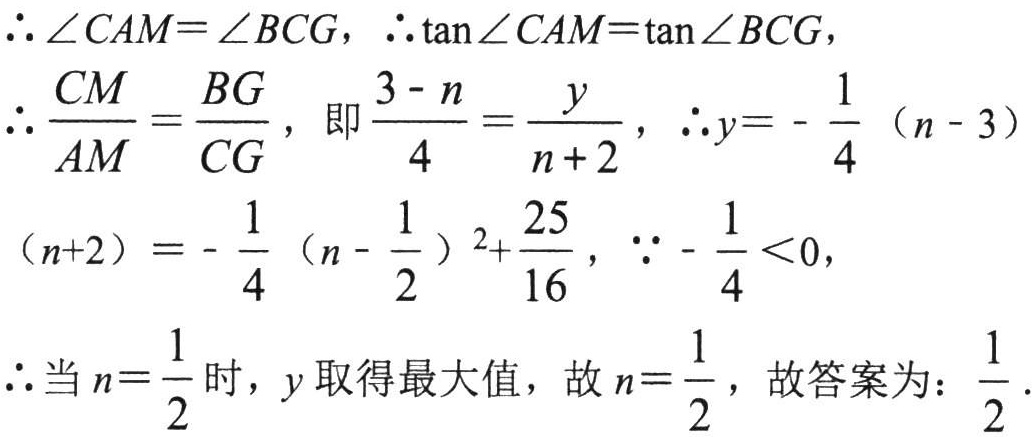
\(\therefore \angle CAM = \angle BCG,\ \therefore \tan\angle CAM=\tan\angle BCG,\)

\(\therefore \frac{CM}{AM}=\frac{BG}{CG},\ 即\frac{3 - n}{4}=\frac{y}{n + 2},\ \therefore y = -\frac{1}{4}(n - 3)\)

\((n + 2)=-\frac{1}{4}(n-\frac{1}{2})^2+\frac{25}{16},\ \because -\frac{1}{4}<0,\)

\(\therefore 当n = \frac{1}{2}时，y取得最大值，故n=\frac{1}{2}，故答案为：\frac{1}{2}.\)